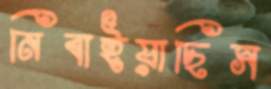
নিবাইয়াছিস